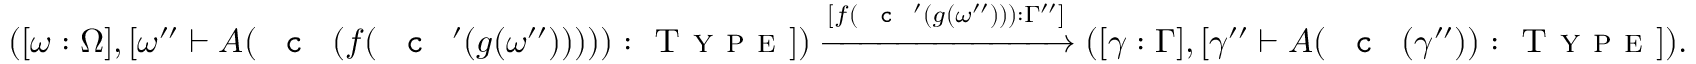
( [ \omega : \Omega ] , [ \omega ^ { \prime \prime } \vdash A ( \textnormal { \texttt { c } } ( f ( \textnormal { \texttt { c } } ^ { \prime } ( g ( \omega ^ { \prime \prime } ) ) ) ) ) : \textsc { T y p e } ] ) \xrightarrow { [ f ( \textnormal { \texttt { c } } ^ { \prime } ( g ( \omega ^ { \prime \prime } ) ) ) : \Gamma ^ { \prime \prime } ] } ( [ \gamma : \Gamma ] , [ \gamma ^ { \prime \prime } \vdash A ( \textnormal { \texttt { c } } ( \gamma ^ { \prime \prime } ) ) : \textsc { T y p e } ] ) .